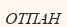
ОТПАН